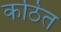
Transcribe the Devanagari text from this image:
कठित